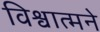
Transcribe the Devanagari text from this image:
विश्वात्मने